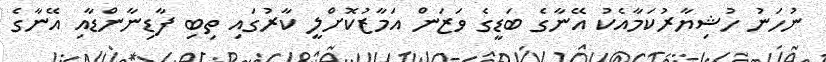
ނުހަނު ހުޝިޔާރުކަމާއެކު އޭނާގެ ބަޑީގެ ވަޒަން އަމާޒުކޮށްލީ ކާރުގައި ތިބި ފާޑިނާންޑާއި އޭނާގެ